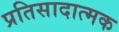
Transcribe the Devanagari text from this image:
प्रतिसादात्मक